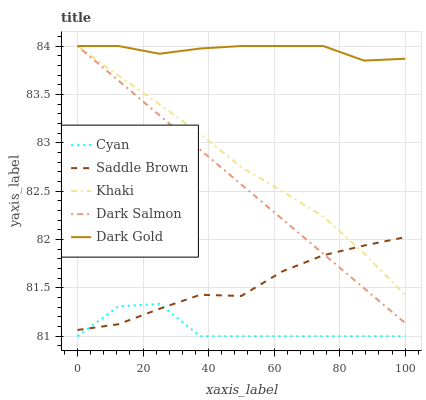
| xaxis_label | Cyan | Saddle Brown | Khaki | Dark Salmon | Dark Gold |
 | --- | --- | --- | --- | --- | --- |
 | 0 | 81 | 81.1 | 84 | 84 | 84 |
 | 12.5 | 81.3 | 81.1 | 83.7 | 83.6 | 84 |
 | 25 | 81.3 | 81.3 | 83.4 | 83.3 | 83.9 |
 | 37.5 | 81 | 81.4 | 83.1 | 82.9 | 84 |
 | 50 | 81 | 81.4 | 82.7 | 82.6 | 84 |
 | 62.5 | 81 | 81.7 | 82.5 | 82.2 | 84 |
 | 75 | 81 | 81.8 | 82.2 | 81.9 | 84 |
 | 87.5 | 81 | 81.9 | 81.9 | 81.5 | 83.8 |
 | 100 | 81 | 82 | 81.4 | 81.1 | 83.9 |